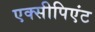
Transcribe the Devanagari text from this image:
एक्सीपिएंट